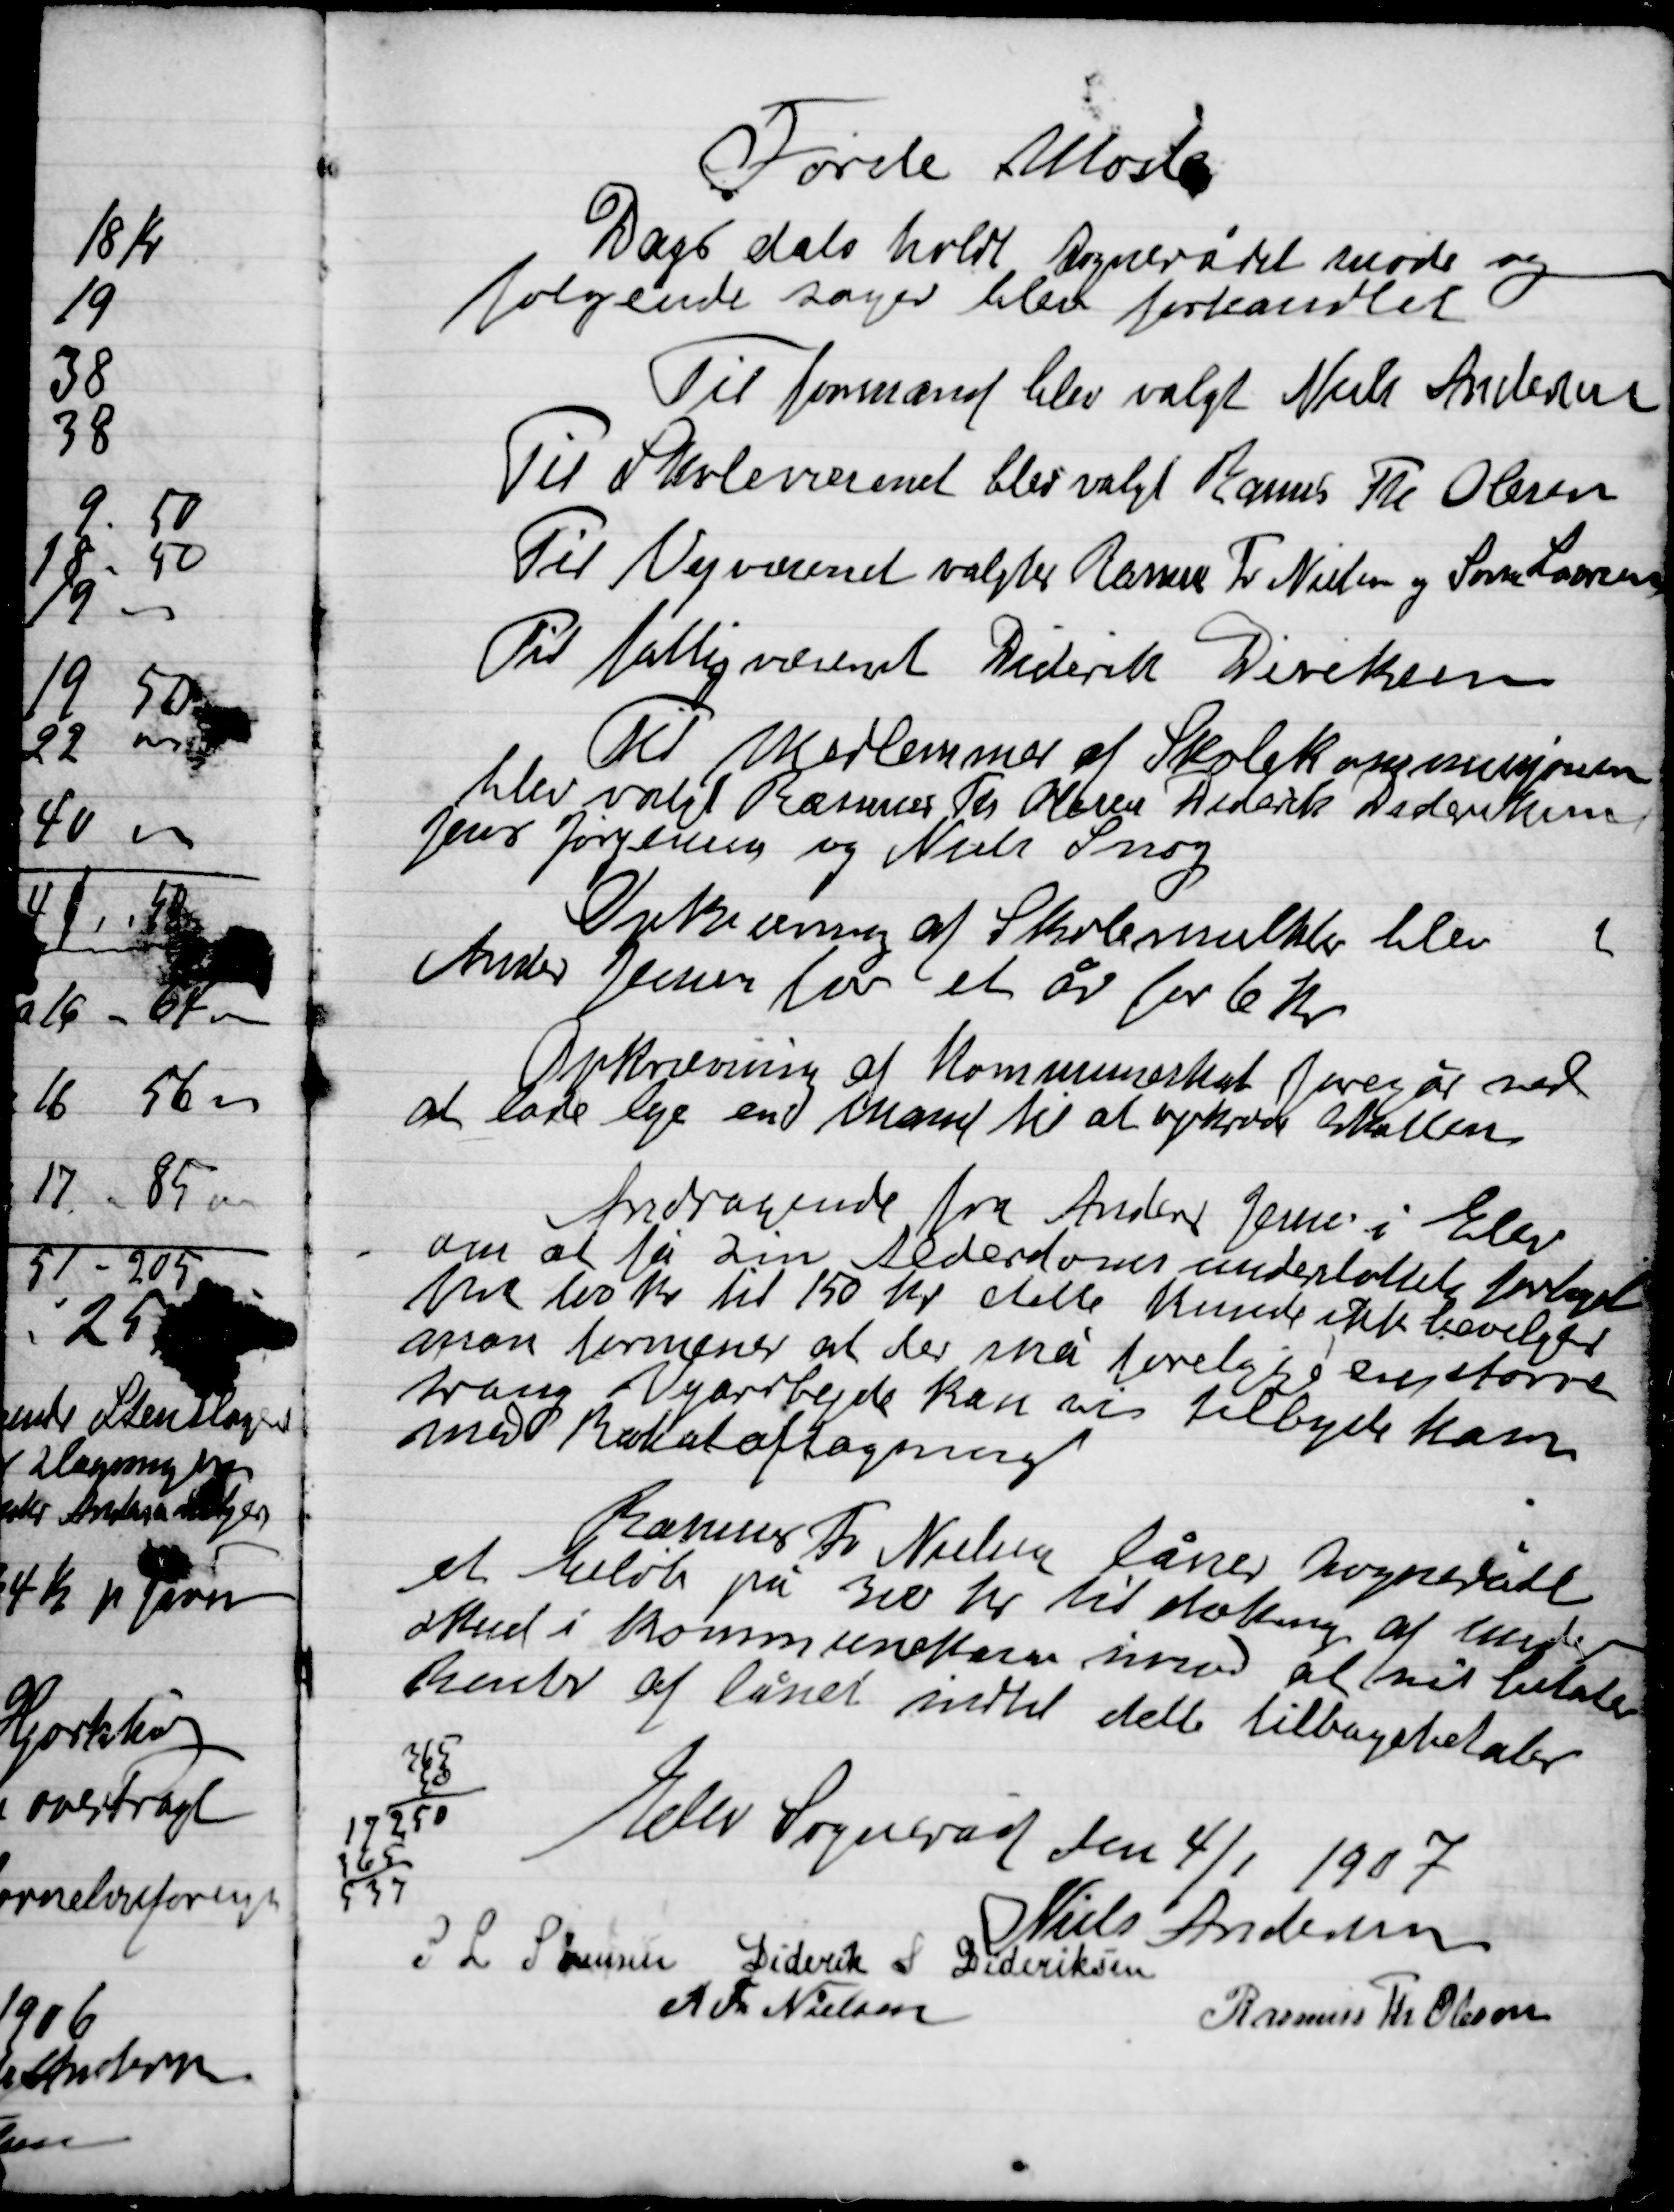
Transskription:
Første Møde
Dags dato holdt Sognerådet møde og
følgende sager blev forhandlet
Til formand blev valgt Niels Andersen
Til Skolenævnet blev valgt Rasmus Th. Olsen
Til Vejvæsenet valgtes Rasmus Fr. Nielsen og Søren Sørensen
Til Fattignævnet Diderik Dideriksen
Til medlem af Skolekommissionen
blev valgt Rasmus Fr. Nielsen, Diderik Dideriksen
Jens Jørgensen og Niels Snog
Opkrævning af Skolemulkter blev
Anders Jensen for et år for 6 Kr.
Opkrævning af Kommuneskat foregår med
at lade leje en mand til at opkræve Skatten

Andragende fra Anders Jensen i Elev
om at få sin Alderdomsunderstøttelse forhøjet
fra 100 Kr. til 150 Kr. dette kunde ikke bevilgedes
man formener at der må foreligge en større
ham Vejarbejde kan vi tilbyde ham
med Rabataftagning

Rasmus Fr. Nielsen låner Sognerådet
et beløb på 300 Kr. til dækning af under-
skud i kommunekassen imod at mit betale
Renter af lånet indtil dette tilbagebetales

Elev Sogneråd den 4/1 1907

Niels Andersen
S. L. Sørensen
Diderik S. Dideriksen
R. Fr. Nielsen
Rasmus Th. Olsen